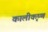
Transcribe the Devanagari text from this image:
कालीकृष्ण